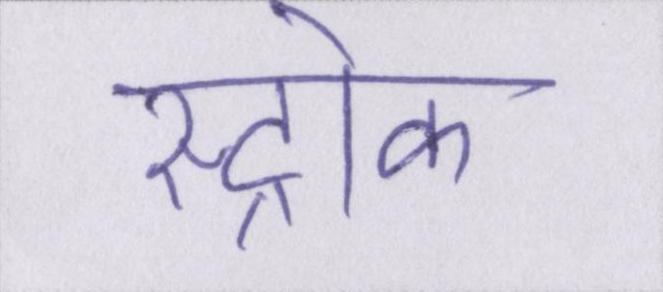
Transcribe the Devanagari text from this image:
स्ट्रोक